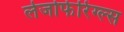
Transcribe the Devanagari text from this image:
लेजोफेरिंग्ल्स